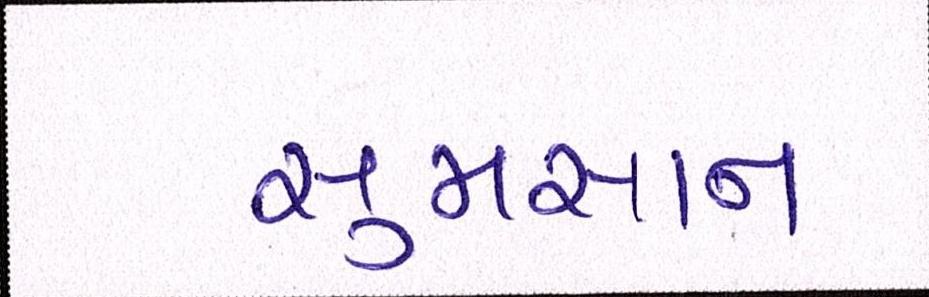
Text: સુમસાન